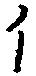
イ